NAE_ERA_R-2324_Eesti_Vabariigi_Pohiseaduslik_Assamblee, lk 40
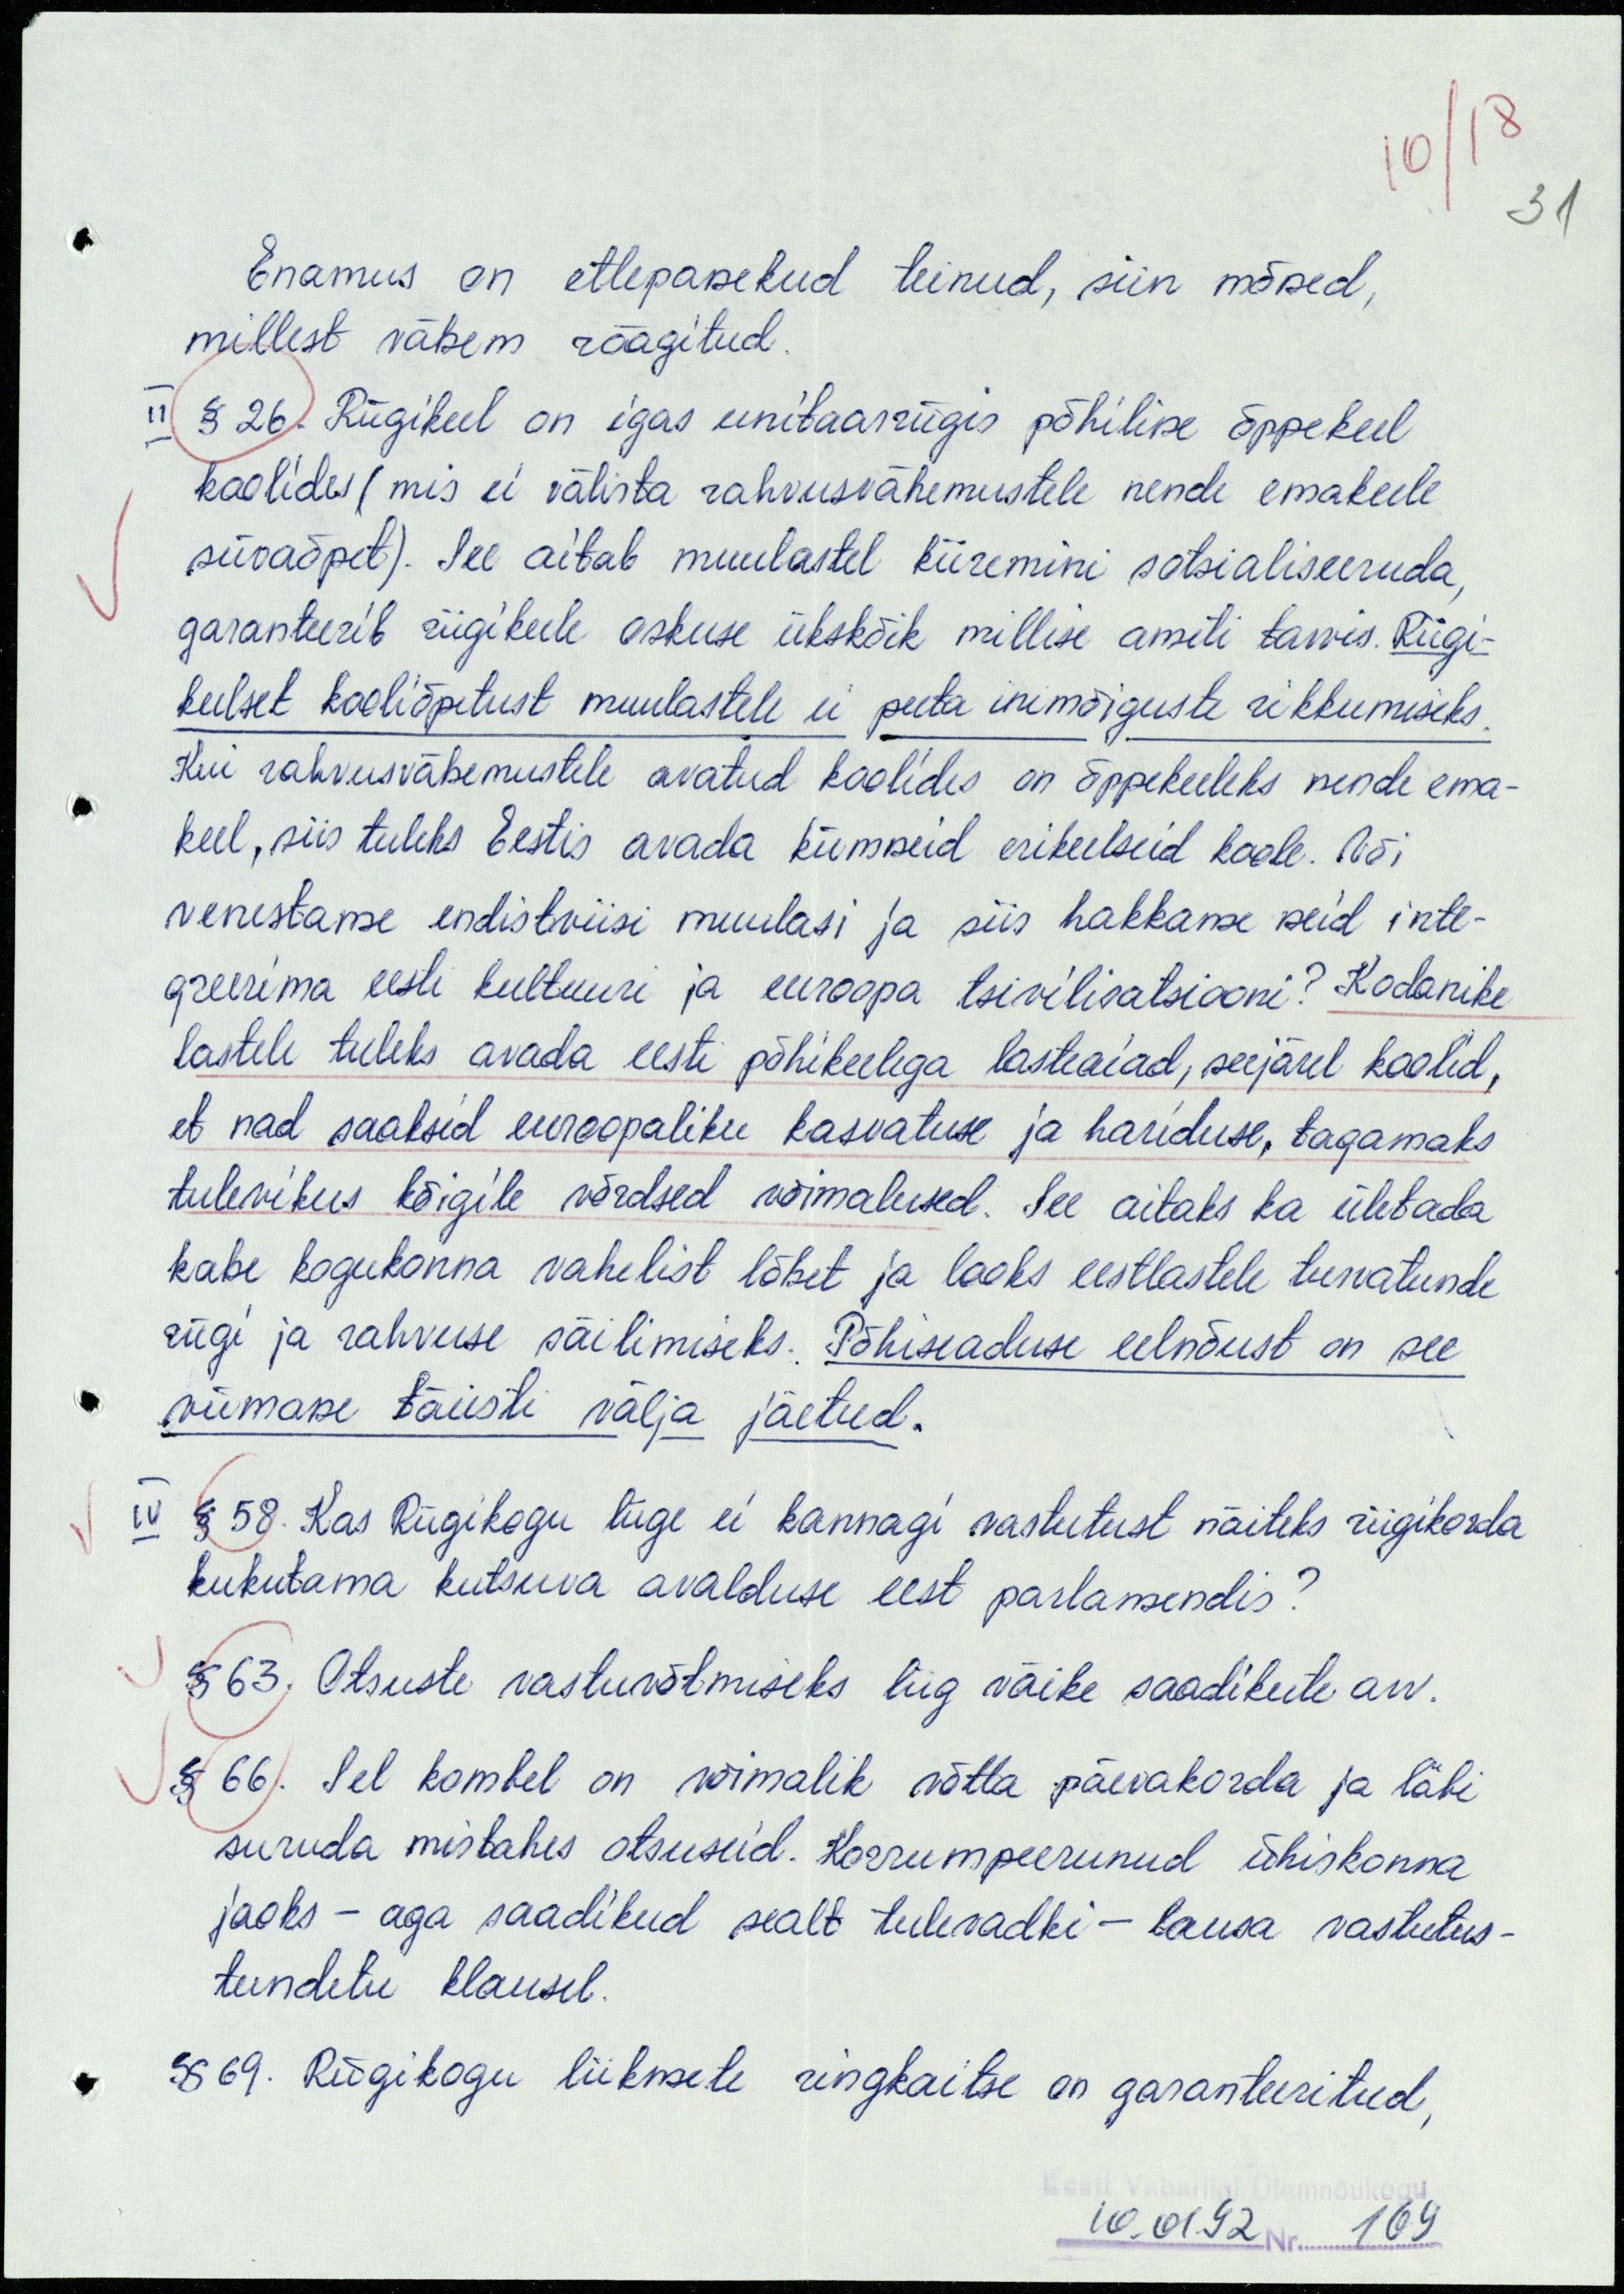
10/18
31
Enamus on ettepanekud teinud, siin mõned,
millest vähem räägitud.
II § 26. Riigikeel on igas unitaarriigis põhiline õppekeel
koolides (mis ei välista rahvusvähemustele nende emakeele
süvaõpet). See aitab muulastel kiiremini sotsialiseeruda,
garanteerib riigikeele oskuse ükskõik millise ameti tarvis. Riigi-
keelset kooliõpetust muulastele ei peeta inimõiguste rikkumiseks.
Kui rahvusvähemustele avatud koolides on õppekeeleks nende ema-
keel, siis tuleks Eestis avada kümneid erikeelseid koole. Või
venestame endistviisi muulasi ja siis hakkame neid inte-
greerima eesti kultuuri ja euroopa tsivilisatsiooni? Kodanike
lastele tuleks avada eesti põhikeelega lasteaiad, seejärel koolid,
et nad saaksid euroopaliku kasvatuse ja hariduse, tagamaks
tulevikus kõigile võrdsed võimalused. See aitaks ka ületada
kahe kogukonna vahelist lõhet ja looks eestlastele turvatunde
riigi ja rahvuse säilimiseks. Põhiseaduse eelnõust on see
viimane täiesti välja jäetud.
IV § 58. Kas Riigikogu liige ei kannagi vastutust näiteks riigikorda
kukutama kutsuva avalduse eest parlamendis?
§ 63. Otsuste vastuvõtmiseks liig väike saadikute arv.
§ 66. Sel kombel on võimalik võtta päevakorda ja läbi
suruda mistahes otsuseid. Korrumpeerunud ühiskonna
jaoks - aga saadikud sealt tulevadki - lausa vastutus-
tundetu klausel.
§ 69. Riigikogu liikmete ringkaitse on garanteeritud,
10.01.92. Nr. 109